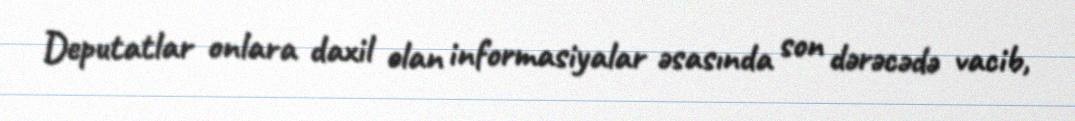
Deputatlar onlara daxil olan informasiyalar əsasında son dərəcədə vacib,